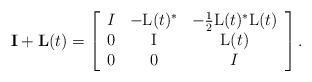
LaTeX: \begin{align*}\mathbf{I}+\mathbf{L}(t)= \left[ \begin{array}{ccc} I & -\mathrm{L}(t)^\ast & -\tfrac{1}{2}\mathrm{L}(t)^\ast\mathrm{L}(t) \\ 0 & \mathrm{I} & \mathrm{L}(t) \\ 0 & 0 & I \\ \end{array} \right].\end{align*}